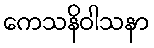
ကေသနိဝါသနာ